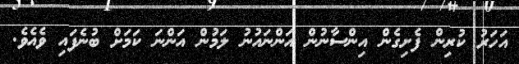
އަހަރު ކުރިން ފެށިގެންް އިންސާނުން އަންނައުނު ލަމުން އަންނަ ކަމަށް ބުނެފައި ވެއެވެ.